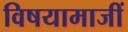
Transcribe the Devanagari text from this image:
विषयामाजीं